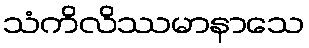
သံကိလိဿမာနာသေ